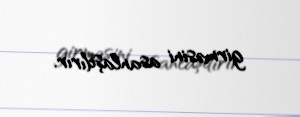
girməsini asanlaşdırır.